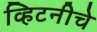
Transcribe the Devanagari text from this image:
व्हिटनीचे